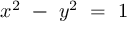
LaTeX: x ^ { 2 } \ - \ y ^ { 2 } \ = \ 1